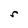
Character: r